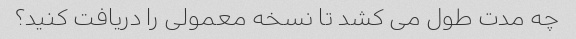
چه مدت طول می کشد تا نسخه معمولی را دریافت کنید؟